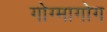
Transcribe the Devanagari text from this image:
गोग्मागोग